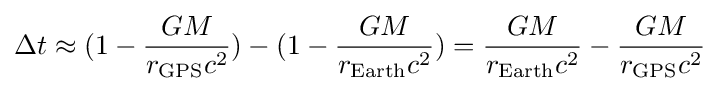
\Delta t\approx (1-{\frac {GM}{r_{\text{GPS}}c^{2}}})-(1-{\frac {GM}{r_{\text{Earth}}c^{2}}})={\frac {GM}{r_{\text{Earth}}c^{2}}}-{\frac {GM}{r_{\text{GPS}}c^{2}}}